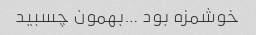
خوشمزه بود …بهمون چسبید